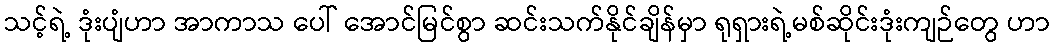
သင့်ရဲ့ ဒုံးပျံဟာ အာကာသ ပေါ် အောင်မြင်စွာ ဆင်းသက်နိုင်ချိန်မှာ ရုရှားရဲ့မစ်ဆိုင်းဒုံးကျဉ်တွေ ဟာ